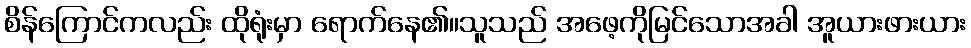
စိန်ကြောင်ကလည်း ထိုရုံးမှာ ရောက်နေ၏။သူသည် အဖေ့ကိုမြင်သောအခါ အူယားဖားယား